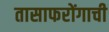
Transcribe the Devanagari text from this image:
तासाफरोंगाची